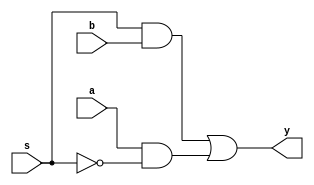
// Copyright (C) 1991-2013 Altera Corporation
// Your use of Altera Corporation's design tools, logic functions 
// and other software and tools, and its AMPP partner logic 
// functions, and any output files from any of the foregoing 
// (including device programming or simulation files), and any 
// associated documentation or information are expressly subject 
// to the terms and conditions of the Altera Program License 
// Subscription Agreement, Altera MegaCore Function License 
// Agreement, or other applicable license agreement, including, 
// without limitation, that your use is for the sole purpose of 
// programming logic devices manufactured by Altera and sold by 
// Altera or its authorized distributors.  Please refer to the 
// applicable agreement for further details.

// PROGRAM		"Quartus II 64-Bit"
// VERSION		"Version 13.0.1 Build 232 06/12/2013 Service Pack 1 SJ Full Version"
// CREATED		"Mon Mar 06 15:12:11 2023"

module mux2_1(
	a,
	b,
	s,
	y
);


input wire	a;
input wire	b;
input wire	s;
output wire	y;

wire	SYNTHESIZED_WIRE_0;
wire	SYNTHESIZED_WIRE_1;
wire	SYNTHESIZED_WIRE_2;




assign	SYNTHESIZED_WIRE_2 = a & SYNTHESIZED_WIRE_0;

assign	SYNTHESIZED_WIRE_1 = s & b;

assign	y = SYNTHESIZED_WIRE_1 | SYNTHESIZED_WIRE_2;

assign	SYNTHESIZED_WIRE_0 =  ~s;


endmodule